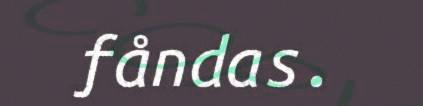
fåndas.